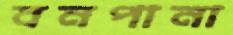
বনপানা